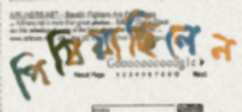
পিষিয়াছিলেন